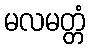
မလမတ္တံ